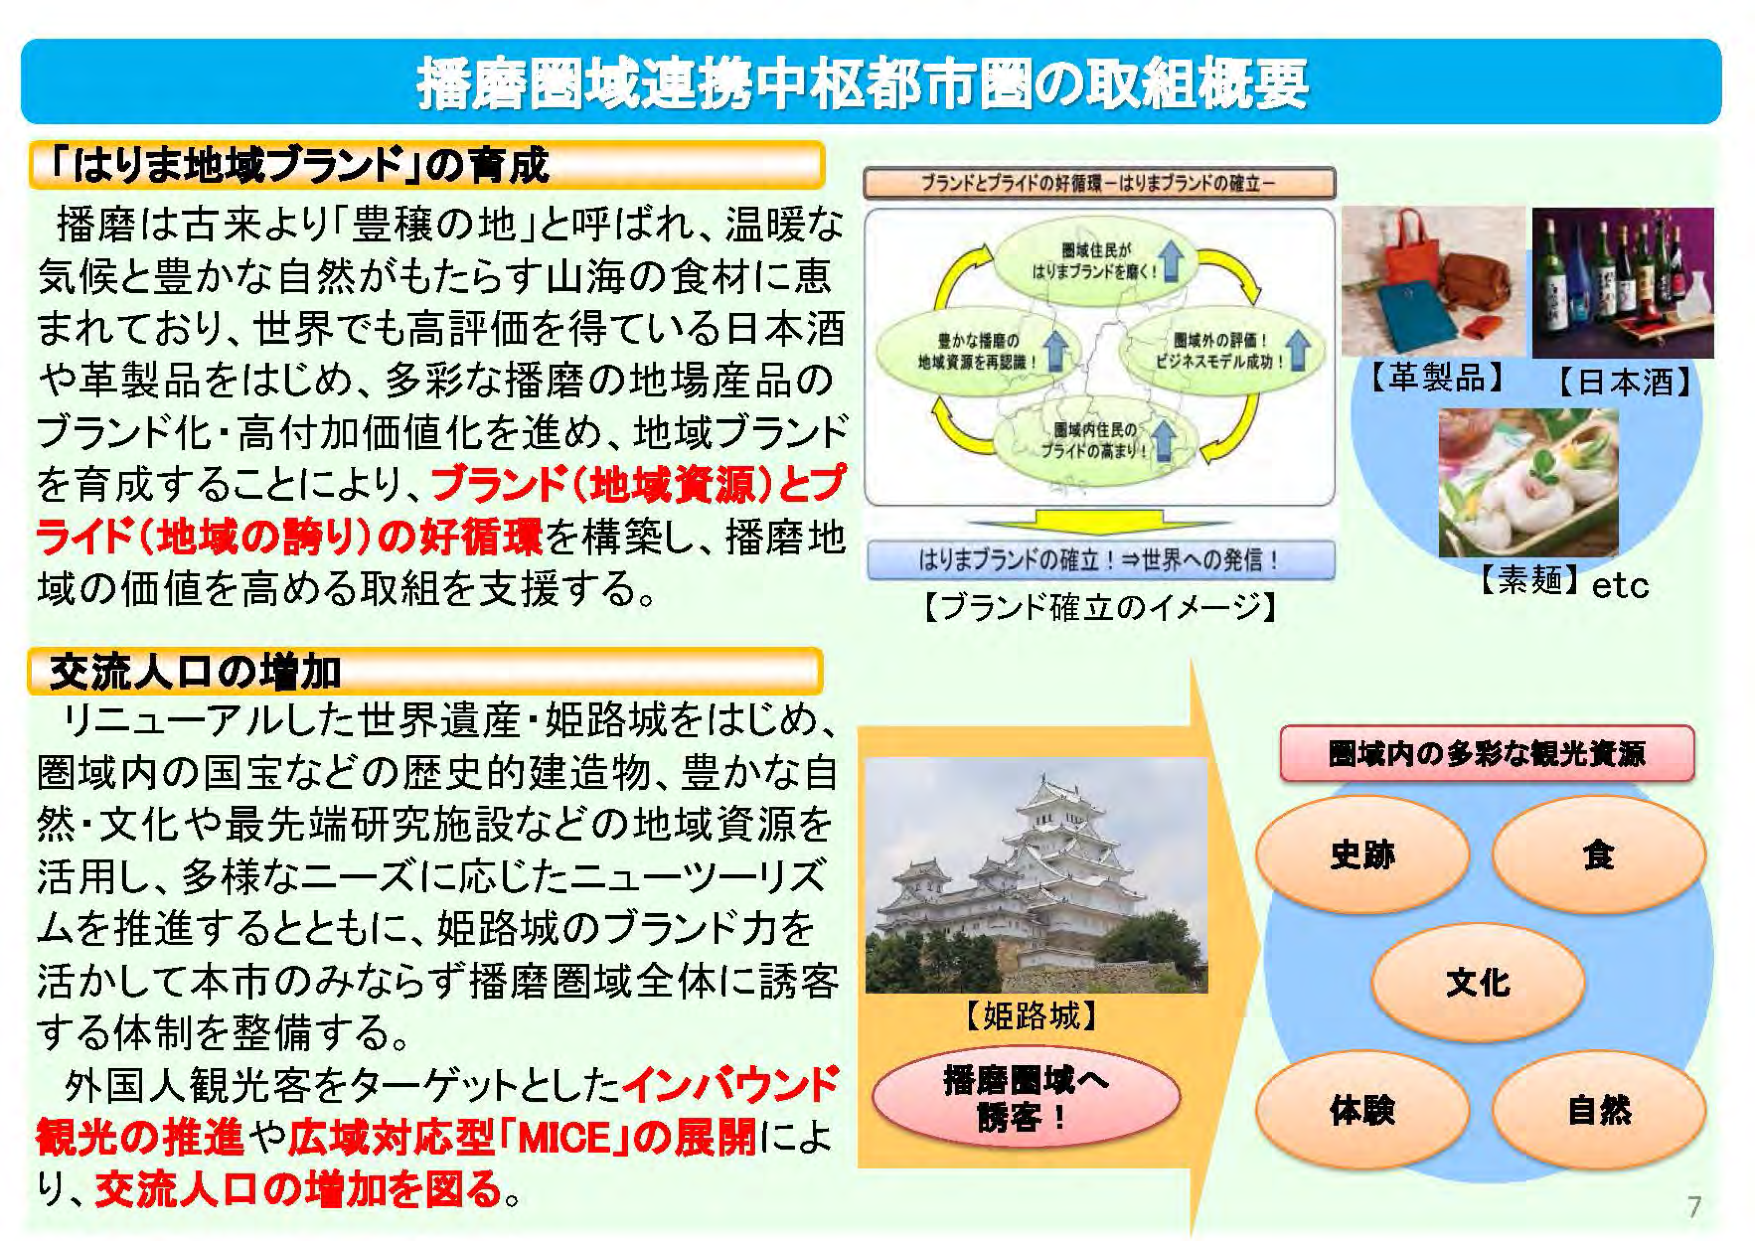
播磨圏域連携中枢都市圏の取組概要

「はりま地域ブランド」の育成
播磨は古来より「豊穣の地」と呼ばれ、温暖な
気候と豊かな自然がもたらす山海の食材に恵
まれており、世界でも高評価を得ている日本酒
や革製品をはじめ、多彩な播磨の地場産品の
ブランド化・高付加価値化を進め、地域ブランド
を育成することにより、ブランド（地域資源）とプ
ライド（地域の誇り）の好循環を構築し、播磨地
域の価値を高める取組を支援する。

ブランドとプライドの好循環－はりまブランドの確立－
圏域住民が
はりまブランドを磨く！
豊かな播磨の
地域資源を再認識！
圏域外の評価！
ビジネスモデル成功！
圏域内住民の
プライドの高まり！
はりまブランドの確立！⇒世界への発信！
【ブランド確立のイメージ】

【革製品】
【日本酒】
【素麺】etc

交流人口の増加
リニューアルした世界遺産・姫路城をはじめ、
圏域内の国宝などの歴史的建造物、豊かな自
然・文化や最先端研究施設などの地域資源を
活用し、多様なニーズに応じたニューツーリズ
ムを推進するとともに、姫路城のブランド力を
活かして本市のみならず播磨圏域全体に誘客
する体制を整備する。
外国人観光客をターゲットとしたインバウンド
観光の推進や広域対応型「MICE」の展開によ
り、交流人口の増加を図る。

【姫路城】
播磨圏域へ
誘客！

圏域内の多彩な観光資源
史跡
食
文化
体験
自然

7